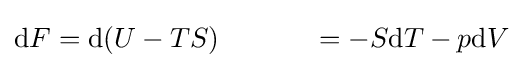
\mathrm {d} F=\mathrm {d} (U-TS)\ \ \ \ \ \ \ \ \ \ =-S\mathrm {d} T-p\mathrm {d} V